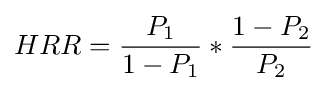
HRR={\frac {P_{1}}{1-P_{1}}}*{\frac {1-P_{2}}{P_{2}}}